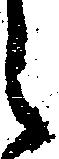
々